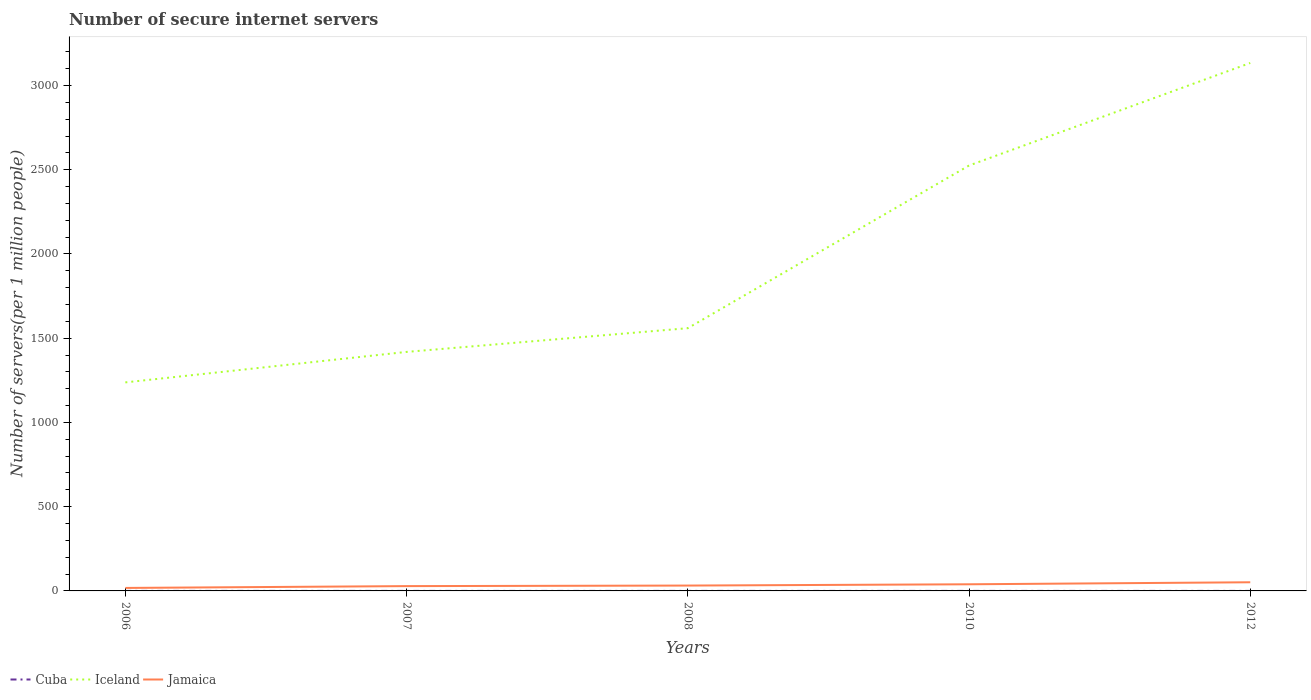
| Years | Cuba | Iceland | Jamaica |
 | --- | --- | --- | --- |
 | 2006 | 0.0887 | 1.24e+03 | 17.7 |
 | 2007 | 0.0886 | 1.42e+03 | 28.5 |
 | 2008 | 0.0886 | 1.56e+03 | 31.8 |
 | 2010 | 0.0884 | 2.52e+03 | 39.4 |
 | 2012 | 0.0882 | 3.13e+03 | 51.3 |